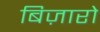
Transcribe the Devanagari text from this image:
बिज़ारो